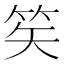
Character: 笶